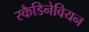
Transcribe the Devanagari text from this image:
स्कैडिनेवियन